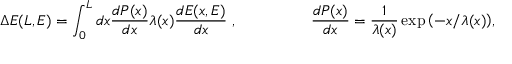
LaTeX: \Delta E ( L , E ) = \int _ { 0 } ^ { L } d x \frac { d P ( x ) } { d x } \lambda ( x ) \frac { d E ( x , E ) } { d x } ~ , ~ ~ ~ ~ ~ ~ ~ ~ ~ ~ ~ ~ ~ ~ \frac { d P ( x ) } { d x } = \frac { 1 } { \lambda ( x ) } \exp { \left( - x / \lambda ( x ) \right) } ,